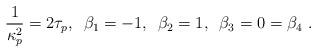
LaTeX: \begin{align*}\frac{1}{\kappa^{2}_p} = 2 \tau_p, \,\,\, \beta_1 = -1, \,\,\,\beta_2 = 1, \,\,\, \beta_3 = 0 = \beta_4 ~.\end{align*}